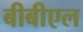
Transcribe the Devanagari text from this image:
बीबीएल